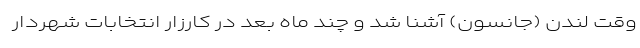
وقت لندن (جانسون) آشنا شد و چند ماه بعد در کارزار انتخابات شهردار